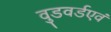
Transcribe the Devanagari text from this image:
वुडवर्डएवं